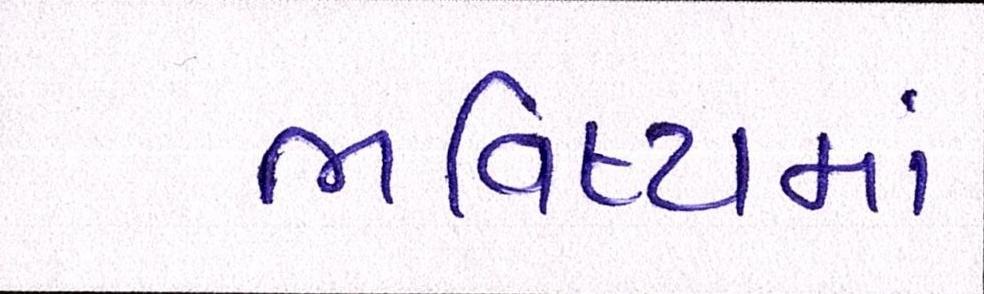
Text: ભવિષ્યમાં